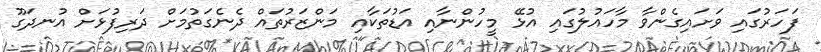
ފަހަރުގައި ވަށައިގެންވާ މާހައުލުގައި އުޅޭ މީހުންނާއި އަޑުތަކާއި މަންޒަރުތައް ދެނެގަތުމަށް ދަރިފުޅަށް އުނދަގޫ